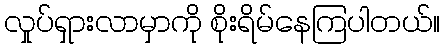
လှုပ်ရှားလာမှာကို စိုးရိမ်နေကြပါတယ်။